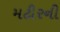
મટીરની